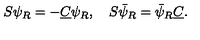
S \psi _ { R } = - \underline { { C } } \psi _ { R } , \quad S \bar { \psi } _ { R } = \bar { \psi } _ { R } \underline { { C } } .